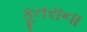
કૂતરાના